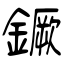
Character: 鐝